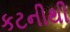
કટનીથી